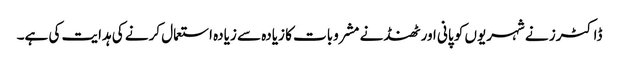
ڈاکٹرز نے شہریوں کو پانی اور ٹھنڈنے مشروبات کا زیادہ سے زیادہ استعمال کرنے کی ہدایت کی ہے۔